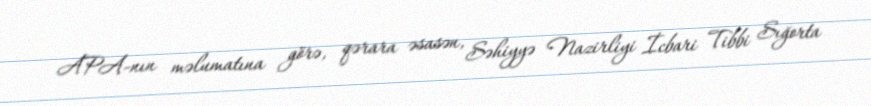
APA-nın məlumatına görə, qərara əsasən, Səhiyyə Nazirliyi İcbari Tibbi Sığorta